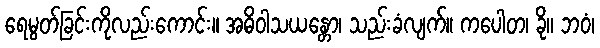
ရေမွတ်ခြင်းကိုလည်းကောင်း။ အဓိဝါသယန္တော၊ သည်းခံလျက်။ ကပေါတ၊ ခို။ ဘဝံ၊